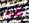
قد